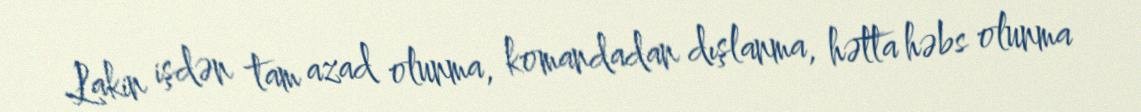
Lakin işdən tam azad olunma, komandadan dışlanma, hətta həbs olunma